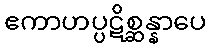
ဧကာဟပ္ပဋိစ္ဆန္နာပေ